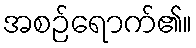
အစဉ်ရောက်၏။